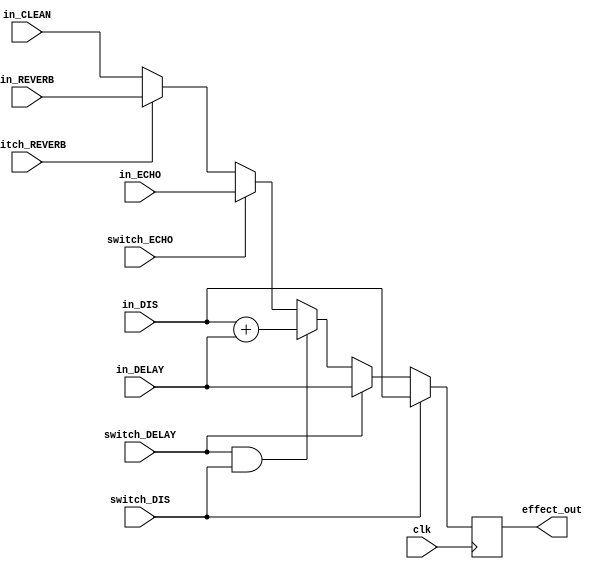
`timescale 1ns / 1ps
//////////////////////////////////////////////////////////////////////////////////
// Company: 
// Engineer: 
// 
// Design Name: 
// Module Name:    effect_controller 
// Project Name: 
// Target Devices: 
// Tool versions: 
// Description: 
//
// Dependencies: 
//
// Revision: 
// Revision 0.01 - File Created
// Additional Comments: 
//
//////////////////////////////////////////////////////////////////////////////////
module effect_controller(clk, in_DIS, in_DELAY, in_ECHO, in_REVERB, in_CLEAN, switch_DIS, switch_DELAY, switch_ECHO, switch_REVERB, effect_out);

input clk, switch_DIS, switch_DELAY, switch_ECHO, switch_REVERB;
input [0:11] in_DIS, in_DELAY, in_CLEAN, in_ECHO, in_REVERB;
output reg [0:11] effect_out;

always@(posedge clk)
begin
	if(switch_DIS)
		effect_out <= in_DIS;
	else if(switch_DELAY)
		effect_out <= in_DELAY;
	else if(switch_DELAY && switch_DIS)
		effect_out <= in_DIS + in_DELAY;
	else if(switch_ECHO)
		effect_out <= in_ECHO;
	else if(switch_REVERB)
		effect_out <= in_REVERB;
	else
		effect_out <= in_CLEAN;
end

endmodule